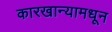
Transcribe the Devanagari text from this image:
कारखान्यामधून